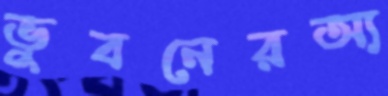
ভুবনেরঅ্য